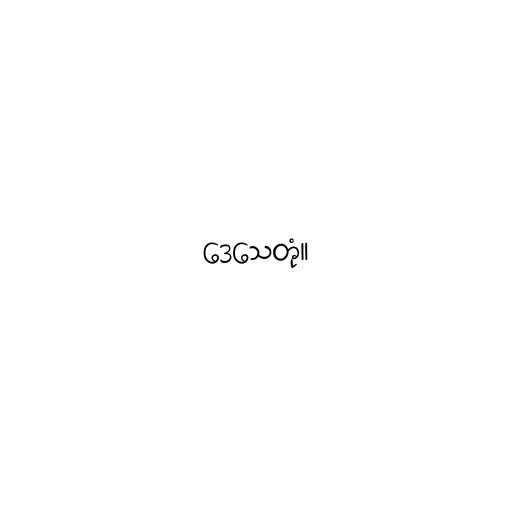
ဒေသေတုံ။